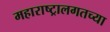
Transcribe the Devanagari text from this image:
महाराष्ट्रालगतच्या